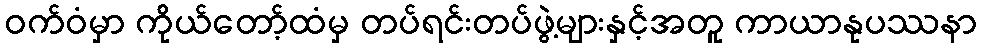
ဝက်ဝံမှာ ကိုယ်တော့်ထံမှ တပ်ရင်းတပ်ဖွဲ့များနှင့်အတူ ကာယာနုပဿနာ